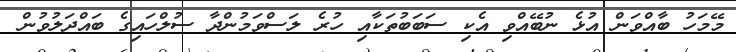
މޭމަހު ބާއްވަން އުޅެ ނުބޭއްވި އެކި ސަބަބުތަކާއި ހުރެ ލަސްވަމުންދާ ސުލްހައިގެ ބައްދަލުވުން